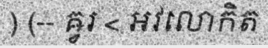
) (-- ឝ្វរ < អវលោកិត